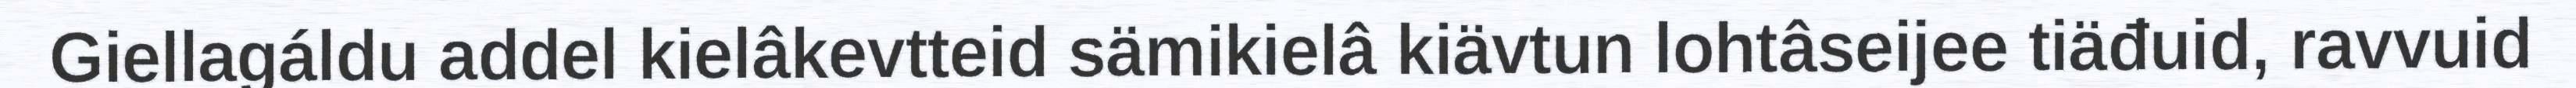
Giellagáldu addel kielâkevtteid sämikielâ kiävtun lohtâseijee tiäđuid, ravvuid